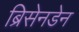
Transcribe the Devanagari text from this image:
ब्रिसेनडेन